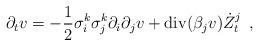
LaTeX: \begin{align*} \partial_t v = -\frac{1}{2} \sigma_{i}^k \sigma_{j}^k \partial_{i }\partial_{j} v + \mathrm{div}( \beta_j v) \dot{Z}_t^j \enskip ,\end{align*}